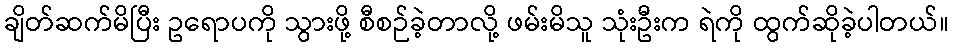
ချိတ်ဆက်မိပြီး ဥရောပကို သွားဖို့ စီစဉ်ခဲ့တာလို့ ဖမ်းမိသူ သုံးဦးက ရဲကို ထွက်ဆိုခဲ့ပါတယ်။